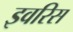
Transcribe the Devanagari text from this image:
इवरिस